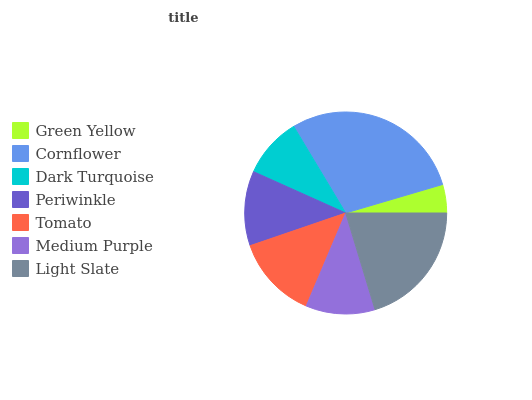
| Green Yellow | Cornflower | Dark Turquoise | Periwinkle | Tomato | Medium Purple | Light Slate |
 | --- | --- | --- | --- | --- | --- | --- |
 | 4.55% | 29.1% | 9.68% | 11.9% | 13.4% | 11% | 20.3% |